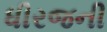
ધીરજની